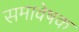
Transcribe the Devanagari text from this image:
समावेषक